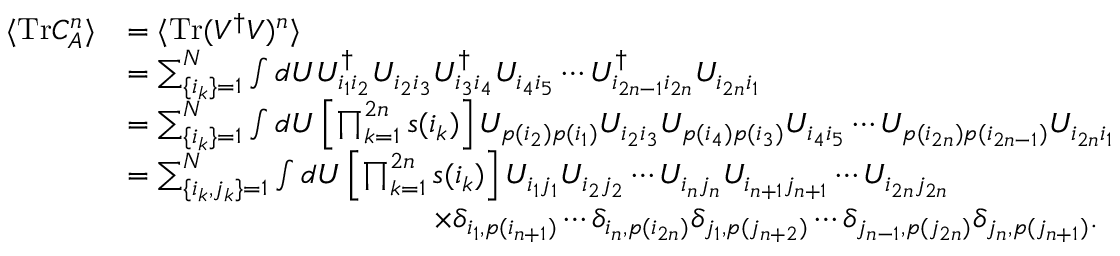
\begin{array} { r l } { \langle \mathrm { T r } C _ { A } ^ { n } \rangle } & { = \langle \mathrm { T r } ( V ^ { \dagger } V ) ^ { n } \rangle } \\ & { = \sum _ { \lbrace i _ { k } \rbrace = 1 } ^ { N } \int d U U _ { i _ { 1 } i _ { 2 } } ^ { \dagger } U _ { i _ { 2 } i _ { 3 } } U _ { i _ { 3 } i _ { 4 } } ^ { \dagger } U _ { i _ { 4 } i _ { 5 } } \cdots U _ { i _ { 2 n - 1 } i _ { 2 n } } ^ { \dagger } U _ { i _ { 2 n } i _ { 1 } } } \\ & { = \sum _ { \lbrace i _ { k } \rbrace = 1 } ^ { N } \int d U \left[ \prod _ { k = 1 } ^ { 2 n } s ( i _ { k } ) \right] U _ { p ( i _ { 2 } ) p ( i _ { 1 } ) } U _ { i _ { 2 } i _ { 3 } } U _ { p ( i _ { 4 } ) p ( i _ { 3 } ) } U _ { i _ { 4 } i _ { 5 } } \cdots U _ { p ( i _ { 2 n } ) p ( i _ { 2 n - 1 } ) } U _ { i _ { 2 n } i _ { 1 } } } \\ & { = \sum _ { \lbrace i _ { k } , j _ { k } \rbrace = 1 } ^ { N } \int d U \left[ \prod _ { k = 1 } ^ { 2 n } s ( i _ { k } ) \right] U _ { i _ { 1 } j _ { 1 } } U _ { i _ { 2 } j _ { 2 } } \cdots U _ { i _ { n } j _ { n } } U _ { i _ { n + 1 } j _ { n + 1 } } \cdots U _ { i _ { 2 n } j _ { 2 n } } } \\ & { \qquad \qquad \qquad \qquad \qquad \times \delta _ { i _ { 1 } , p ( i _ { n + 1 } ) } \cdots \delta _ { i _ { n } , p ( i _ { 2 n } ) } \delta _ { j _ { 1 } , p ( j _ { n + 2 } ) } \cdots \delta _ { j _ { n - 1 } , p ( j _ { 2 n } ) } \delta _ { j _ { n } , p ( j _ { n + 1 } ) } . } \end{array}